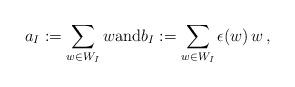
LaTeX: \begin{align*}a_I := \sum_{w\in W_I} w \textrm{and}b_I := \sum_{w\in W_I} \epsilon(w)\, w\,,\end{align*}